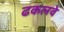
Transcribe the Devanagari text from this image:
ढकलवे